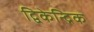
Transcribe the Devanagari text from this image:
द्विकेन्द्रिक